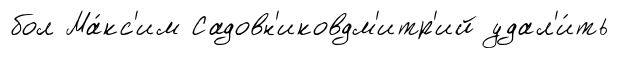
бол Ма́кс'им Садовн'иковдм'итр'ий удал'и́ть